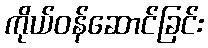
ကိုယ်ဝန်ဆောင်ခြင်း